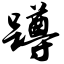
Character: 蹲